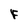
Character: F